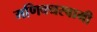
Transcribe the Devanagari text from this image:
मणिक्यस्वामी